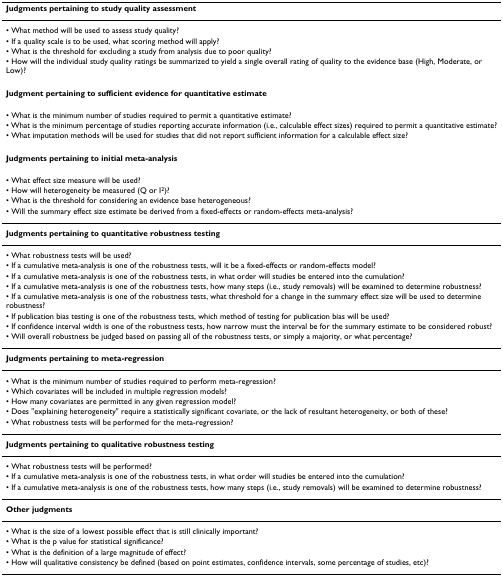
<table><thead><tr><td><b>Judgments pertaining to study quality assessment</b></td></tr></thead><tbody><tr><td>• What method will be used to assess study quality?</td></tr><tr><td>• If a quality scale is to be used, what scoring method will apply?</td></tr><tr><td>• What is the threshold for excluding a study from analysis due to poor quality?</td></tr><tr><td>• How will the individual study quality ratings be summarized to yield a single overall rating of quality to the evidence base (High, Moderate, or Low)?</td></tr><tr><td><b>Judgment pertaining to sufficient evidence for quantitative estimate</b></td></tr><tr><td>• What is the minimum number of studies required to permit a quantitative estimate?</td></tr><tr><td>• What is the minimum percentage of studies reporting accurate information (i.e., calculable effect sizes) required to permit a quantitative estimate?</td></tr><tr><td>• What imputation methods will be used for studies that did not report sufficient information for a calculable effect size?</td></tr><tr><td><b>Judgments pertaining to initial meta-analysis</b></td></tr><tr><td>• What effect size measure will be used?</td></tr><tr><td>• How will heterogeneity be measured (Q or I<sup>2</sup>)?</td></tr><tr><td>• What is the threshold for considering an evidence base heterogeneous?</td></tr><tr><td>• Will the summary effect size estimate be derived from a fixed-effects or random-effects meta-analysis?</td></tr><tr><td><b>Judgments pertaining to quantitative robustness testing</b></td></tr><tr><td>• What robustness tests will be used?</td></tr><tr><td>• If a cumulative meta-analysis is one of the robustness tests, will it be a fixed-effects or random-effects model?</td></tr><tr><td>• If a cumulative meta-analysis is one of the robustness tests, in what order will studies be entered into the cumulation?</td></tr><tr><td>• If a cumulative meta-analysis is one of the robustness tests, how many steps (i.e., study removals) will be examined to determine robustness?</td></tr><tr><td>• If a cumulative meta-analysis is one of the robustness tests, what threshold for a change in the summary effect size will be used to determine robustness?</td></tr><tr><td>• If publication bias testing is one of the robustness tests, which method of testing for publication bias will be used?</td></tr><tr><td>• If confidence interval width is one of the robustness tests, how narrow must the interval be for the summary estimate to be considered robust?</td></tr><tr><td>• Will overall robustness be judged based on passing all of the robustness tests, or simply a majority, or what percentage?</td></tr><tr><td><b>Judgments pertaining to meta-regression</b></td></tr><tr><td>• What is the minimum number of studies required to perform meta-regression?</td></tr><tr><td>• Which covariates will be included in multiple regression models?</td></tr><tr><td>• How many covariates are permitted in any given regression model?</td></tr><tr><td>• Does &quot;explaining heterogeneity&quot; require a statistically significant covariate, or the lack of resultant heterogeneity, or both of these?</td></tr><tr><td>• What robustness tests will be performed for the meta-regression?</td></tr><tr><td><b>Judgments pertaining to qualitative robustness testing</b></td></tr><tr><td>• What robustness tests will be performed?</td></tr><tr><td>• If a cumulative meta-analysis is one of the robustness tests, in what order will studies be entered into the cumulation?</td></tr><tr><td>• If a cumulative meta-analysis is one of the robustness tests, how many steps (i.e., study removals) will be examined to determine robustness?</td></tr><tr><td><b>Other judgments</b></td></tr><tr><td>• What is the size of a lowest possible effect that is still clinically important?</td></tr><tr><td>• What is the p value for statistical significance?</td></tr><tr><td>• What is the definition of a large magnitude of effect?</td></tr><tr><td>• How will qualitative consistency be defined (based on point estimates, confidence intervals, some percentage of studies, etc)?</td></tr></tbody></table>